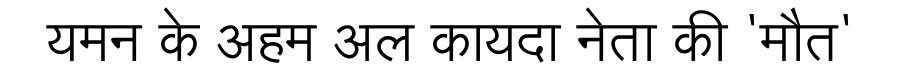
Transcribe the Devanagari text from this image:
यमन के अहम अल कायदा नेता की 'मौत'